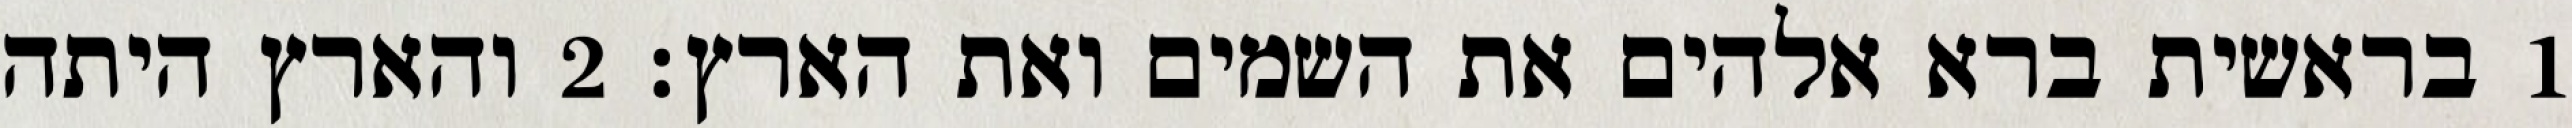
1 בראשית ברא אלהים את השמים ואת הארץ׃ ‎2‏ והארץ היתה